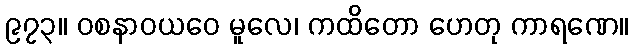
၉၇၃။ ဝစနာဝယဝေ မူလေ၊ ကထိတော ဟေတု ကာရဏေ။